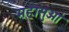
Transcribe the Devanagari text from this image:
महासुओं